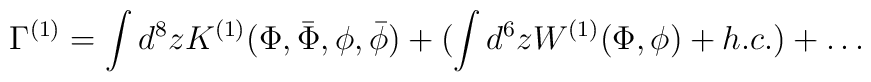
\Gamma^{(1)}=\int d^8 z K^{(1)}(\Phi,\bar{\Phi},\phi,\bar{\phi}) +(\int d^6 z W^{(1)}(\Phi,\phi)+h.c.)+\ldots